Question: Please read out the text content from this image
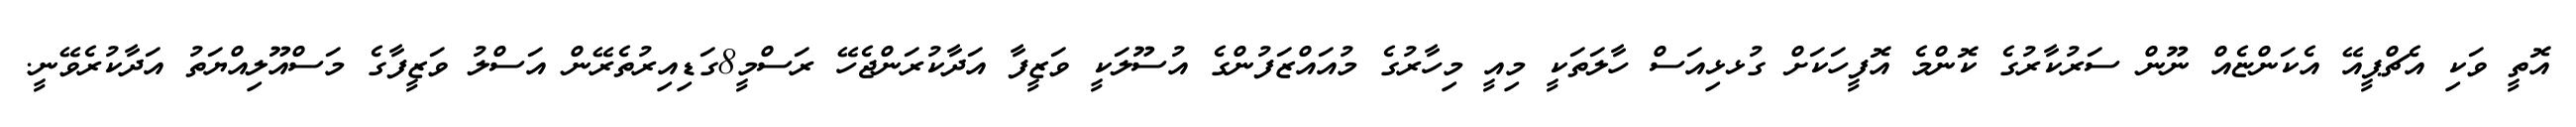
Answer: އޮތީ ވަކި އެޗްޕީއޭ އެކަންޏެއް ނޫން ސަރުކާރުގެ ކޮންމެ އޮފީހަކަށް ގުޅޅިއަސް ހާލަތަކީ މިއީ މިހާރުގެ މުއައްޒަފުންގެ އުސޫލަކީ ވަޒީފާ އަދާކުރަންޖެހޭ ރަސްމީ8ގަޑިއިރުތެރޭން އަސްލު ވަޒީފާގެ މަސްއޫލިއްޔަތު އަދާކުރެވޭނީ.